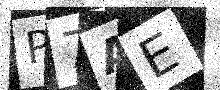
Text: P7AE